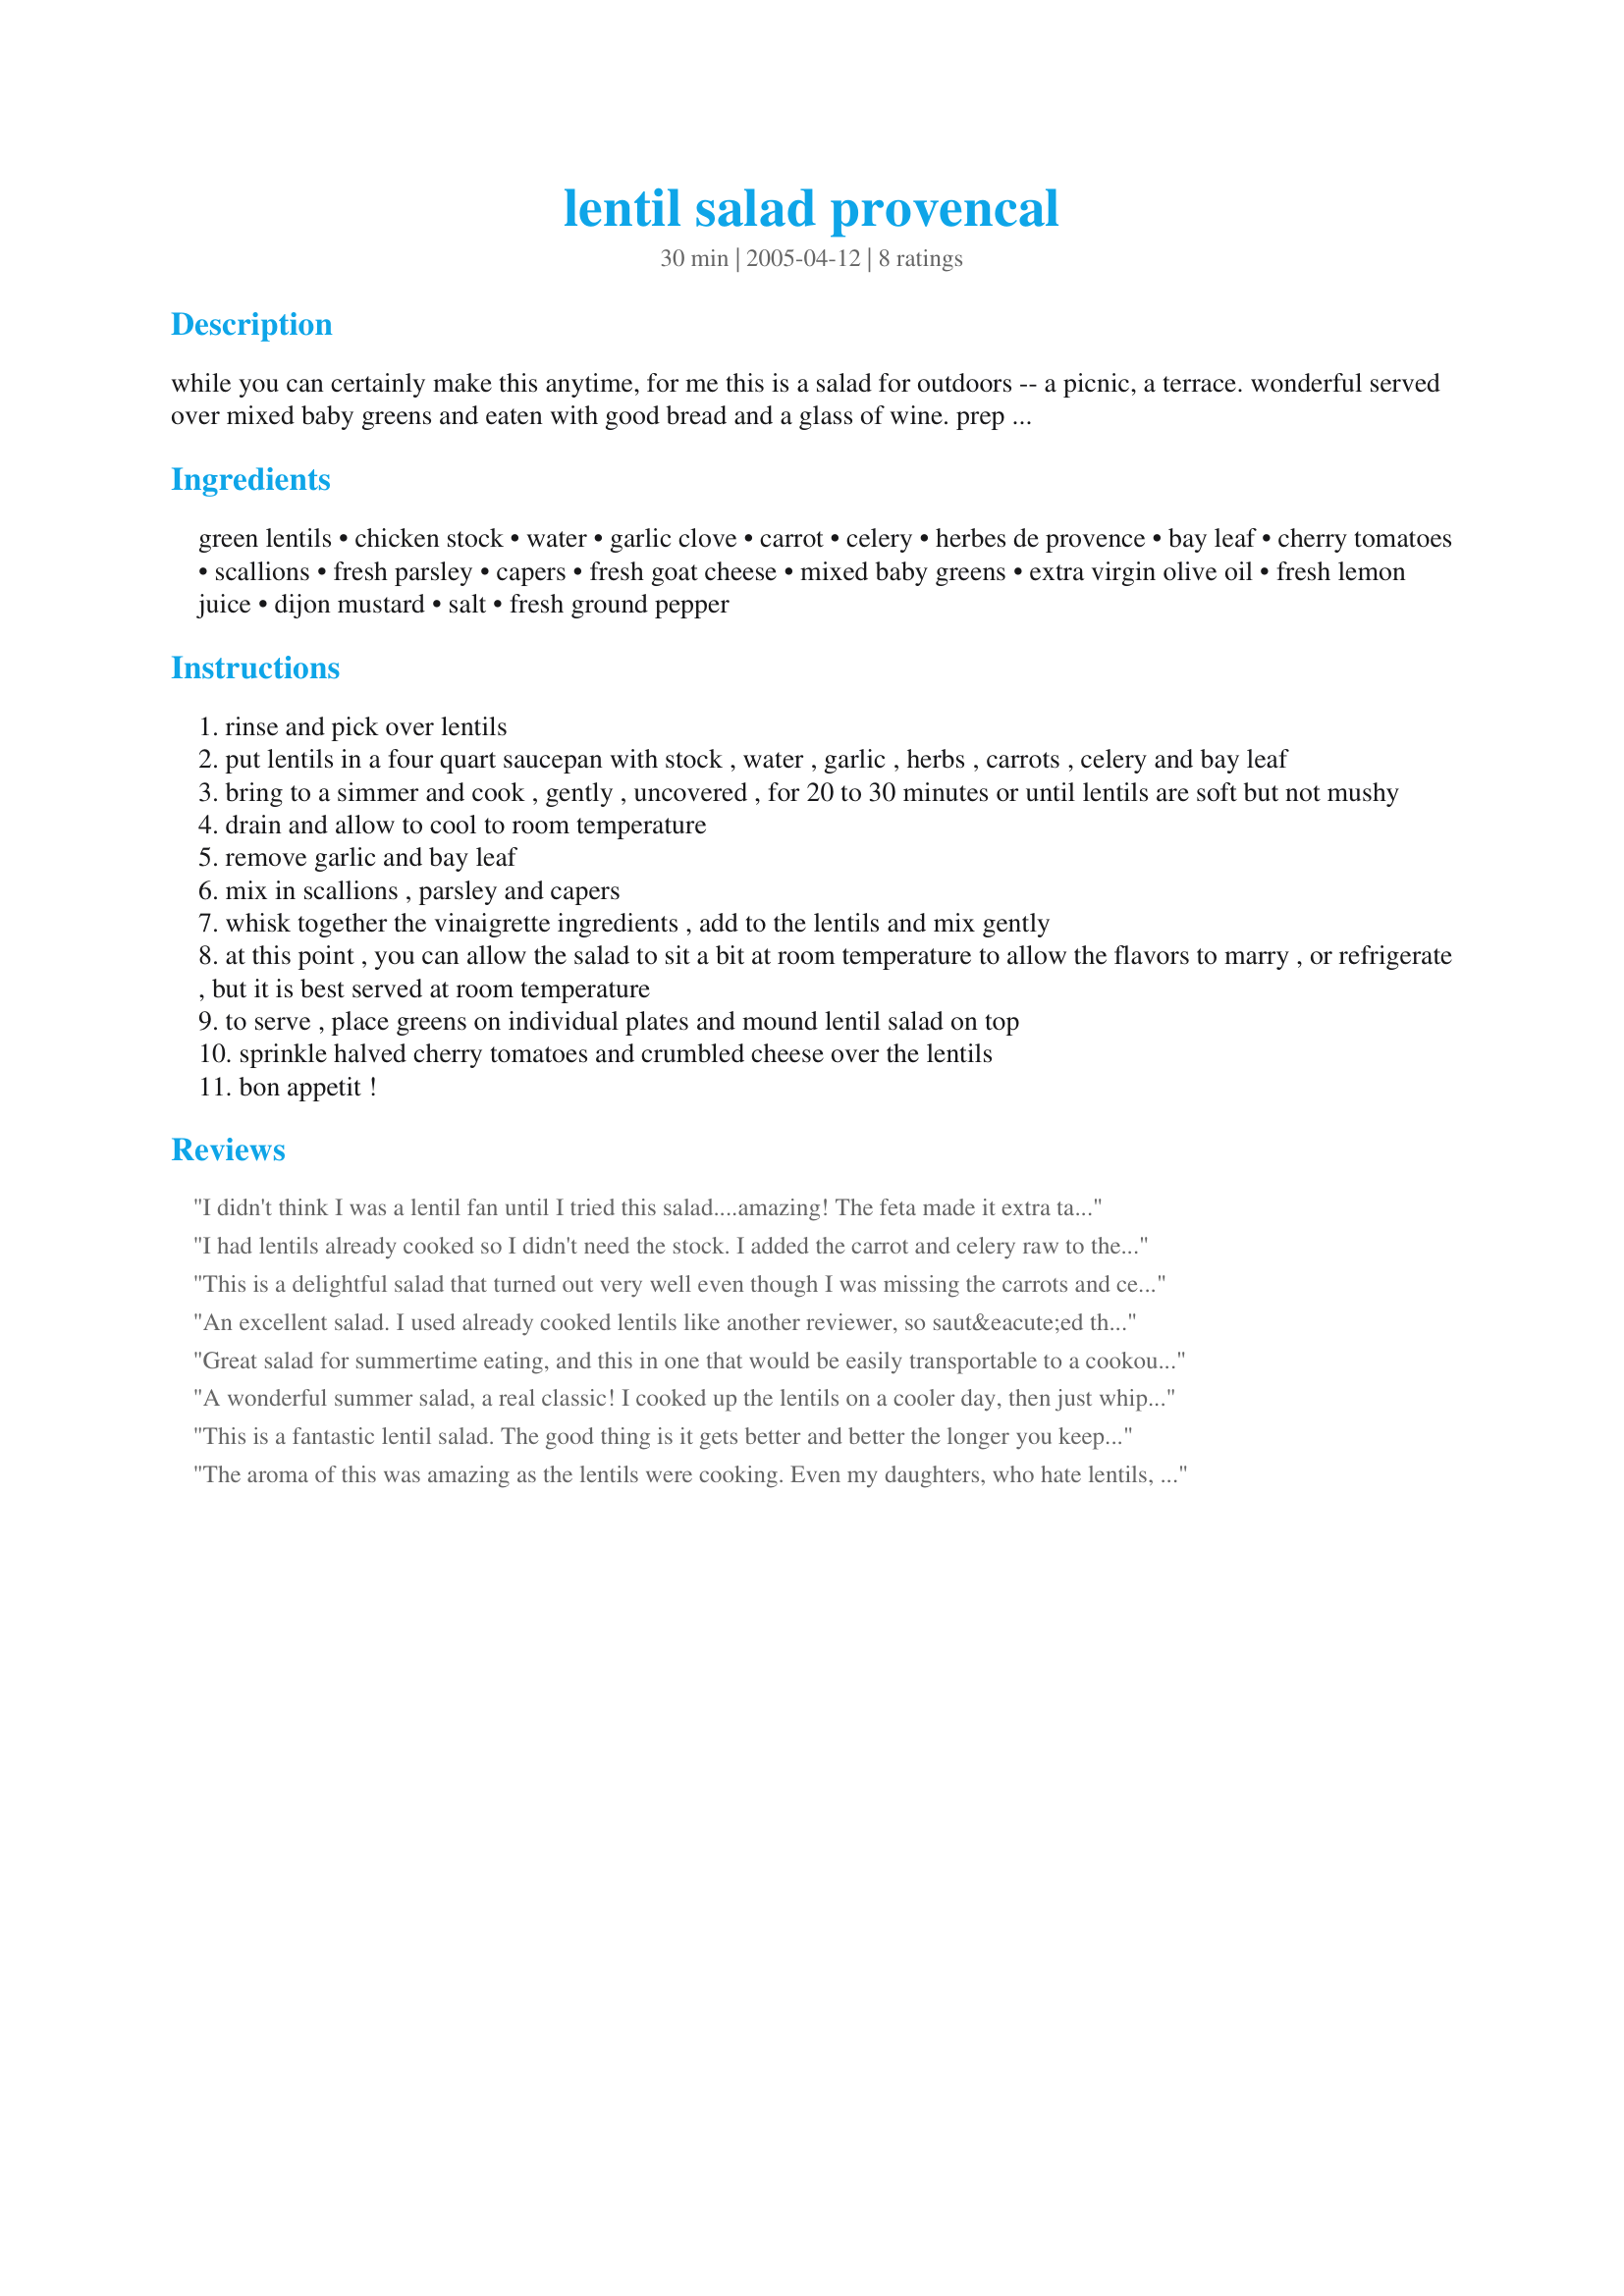
lentil salad provencal
Preparation time: 30 minutes

while you can certainly make this anytime, for me this is a salad for outdoors -- a picnic, a terrace. wonderful served over mixed baby greens and eaten with good bread and a glass of wine. prep time does not include time for cooling the cooked lentils.

Ingredients:
green lentils, chicken stock, water, garlic clove, carrot, celery, herbes de provence, bay leaf, cherry tomatoes, scallions, fresh parsley, capers, fresh goat cheese, mixed baby greens, extra virgin olive oil, fresh lemon juice, dijon mustard, salt, fresh ground pepper

Steps:
rinse and pick over lentils
put lentils in a four quart saucepan with stock , water , garlic , herbs , carrots , celery and bay leaf
bring to a simmer and cook , gently , uncovered , for 20 to 30 minutes or until lentils are soft but not mushy
drain and allow to cool to room temperature
remove garlic and bay leaf
mix in scallions , parsley and capers
whisk together the vinaigrette ingredients , add to the lentils and mix gently
at this point , you can allow the salad to sit a bit at room temperature to allow the flavors to marry , or refrigerate , but it is best served at room temperature
to serve , place greens on individual plates and mound lentil salad on top
sprinkle halved cherry tomatoes and crumbled cheese over the lentils
bon appetit !

Reviews:
I didn't think I was a lentil fan until I tried this salad....amazing! The feta made it extra tasty. I didn't change a thing about the recipe and I thought it was perfect.
A must have salad for Summer!
I had lentils already cooked so I didn't need the stock. I added the carrot and celery raw to the lentils. Which I must say I liked the crunchy texture. This has lots of different flavors and textures going on and they all did meld together except for the creamy cheese. I did use roasted garlic in the dressing. Onions were subbed for the scallions. Not saying the scallions wouldn't have been good it `s what I had. I served it on baby spinach. A wonderful healthy side or main meal.
This is a delightful salad that turned out very well even though I was missing the carrots and celery. Thanks for sharing!
An excellent salad. I used already cooked lentils like another reviewer, so saut&eacute;ed the carrots and celery to add to it. I used less mustard (personal preference) and lots less oil (probably a tablespoon) and cheese (maybe half the amount). We thought the goat cheese was the perfect match for the other ingredients. Can&#039;t wait to have a big heap of the leftovers over a baked potato tomorrow for lunch.
Great salad for summertime eating, and this in one that would be easily transportable to a cookout or bbq (with the dressing in a little jar). Loved the different flavours and textures. I used a mild feta, as Kate suggested, Dodonis brand. Really delicious.
A wonderful summer salad, a real classic! I cooked up the lentils on a cooler day, then just whipped up the salad in time for a hot spell. The aroma of the lentils cooking is wonderful; makes you just want to eat them then! I used feta cheese and omitted the capers since I really don't like them. Thanks so much for sharing!
This is a fantastic lentil salad. The good thing is it gets better and better the longer you keep it. I used French goat cheese to be consistent with the origin of the recipe, but I can see that feta will work wonderfully too. I really enjoyed the creamy chesse with the lentils. I added salt and pepper to the cut cherry tomatoes, before I mixed them with the lentils. I did not use the salad greeens, as I took the salad to a barbecue. I will include this salad as part of a Mediterranean buffet for 180 people and will prepare it two days in advance to make sure that all the flavours will be able to develop. Thank you Kate for a keeper.
The aroma of this was amazing as the lentils were cooking. Even my daughters, who hate lentils, had to look in the pot to see what it was. My scallions were ultra-mild so I had to add a little onion powder to give the salad a little kick because it was too bland on first taste. This was a truly enjoyable salad.
